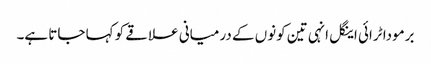
برمودا ٹرائی اینگل انہی تین کونوں کے درمیانی علاقے کو کہا جاتا ہے۔